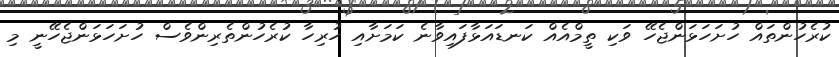
ކުރެހުންތައް ހުށަހަޅަންޖެހޭ ވަކި ތީމްއެއް ކަނޑައަޅާފައިވާނެ ކަމަށާއި ހުރިހާ ކުރެހުންތެރިންވެސް ހުށަހަޅަންޖެހޭނީ މި